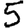
Digit: 5